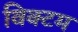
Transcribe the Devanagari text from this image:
विक्टम